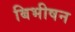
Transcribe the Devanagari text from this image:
बिभीषन